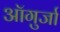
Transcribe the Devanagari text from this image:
ऑगुर्जा